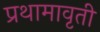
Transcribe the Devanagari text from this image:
प्रथामावृती